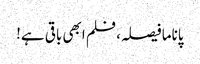
پاناما فیصلہ، فلم ابھی باقی ہے!